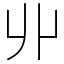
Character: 丱